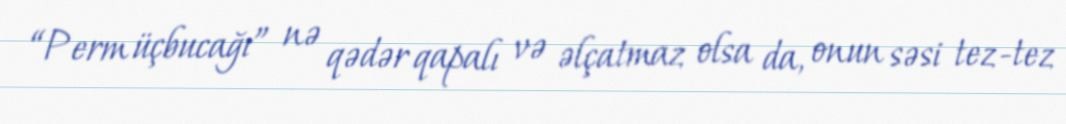
“Perm üçbucağı” nə qədər qapalı və əlçatmaz olsa da, onun səsi tez-tez